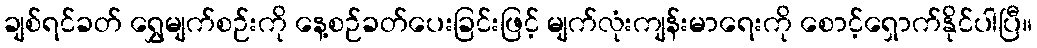
ချစ်ရင်ခတ် ရွှေမျက်စဉ်းကို နေ့စဉ်ခတ်ပေးခြင်းဖြင့် မျက်လုံးကျန်းမာရေးကို စောင့်ရှောက်နိုင်ပါပြီ။